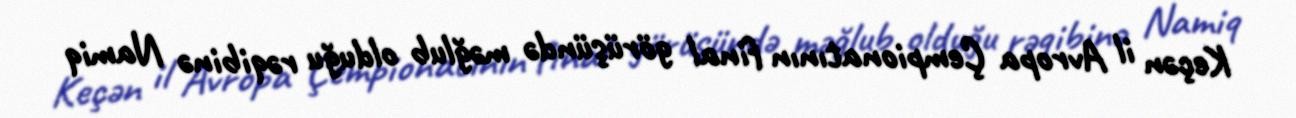
Keçən il Avropa Çempionatının final görüşündə məğlub olduğu rəqibinə Namiq